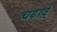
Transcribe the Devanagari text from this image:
चढ़ाव्